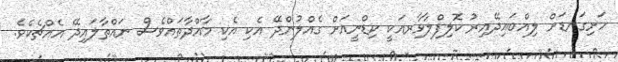
ހަށިގަނޑަށް ލިއްބައިދޭއިރު ކޮލިފްލާވާރއަކީ ކިޑްނީއަށް ގެއްލުންދޭ އެކި އެކި މާއްދާތައްވެސް ނައްތާލައިދޭ އެއްޗެކެވެ.